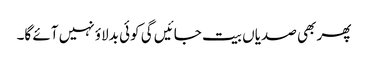
پھر بھی صدیاں بیت جائیں گی کوئی بدلاؤ نہیں آئے گا۔